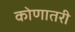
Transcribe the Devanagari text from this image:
कोणातरी